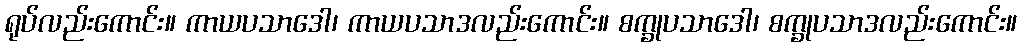
ရုပ်လည်းကောင်း။ ကာယပသာဒေါ၊ ကာယပသာဒလည်းကောင်း။ စက္ခုပသာဒေါ၊ စက္ခုပသာဒလည်းကောင်း။